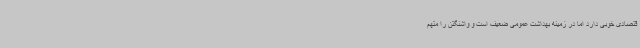
قتصادی خوبی دارد اما در زمینه بهداشت عمومی ضعیف است و واشنگتن را متهم